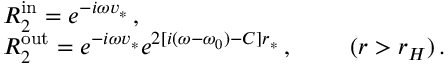
\begin{array} { l l } { { } } & { { R _ { 2 } ^ { \mathrm { i n } } = e ^ { - i \omega v _ { * } } \, , } } \\ { { } } & { { R _ { 2 } ^ { \mathrm { o u t } } = e ^ { - i \omega v _ { * } } e ^ { 2 [ i ( \omega - \omega _ { 0 } ) - C ] r _ { * } } \, , ~ ~ ~ ~ ~ ~ ~ ( r > r _ { H } ) \, . } } \end{array}